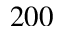
2 0 0